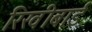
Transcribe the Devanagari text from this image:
रिखीबाई